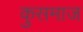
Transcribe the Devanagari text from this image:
कुसमाज